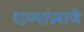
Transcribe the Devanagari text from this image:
दाव्यांप्रमाणे